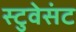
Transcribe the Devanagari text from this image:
स्टुवेसंट